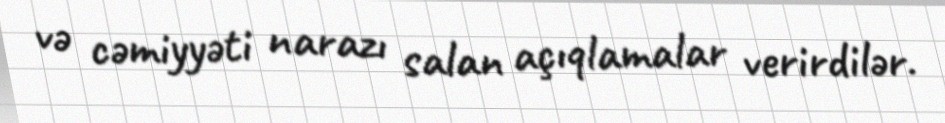
və cəmiyyəti narazı salan açıqlamalar verirdilər.